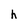
Character: h